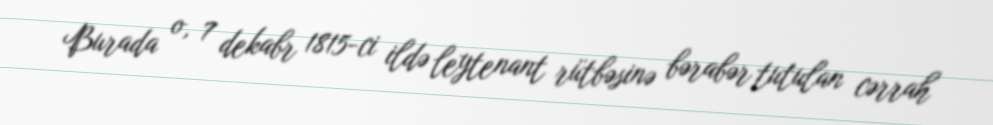
Burada o, 7 dekabr 1815-ci ildə leytenant rütbəsinə bərabər tutulan cərrah